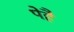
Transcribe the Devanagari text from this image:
पेहै